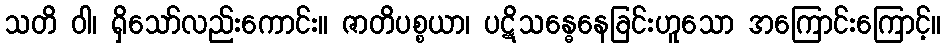
သတိ ဝါ၊ ရှိသော်လည်းကောင်း။ ဇာတိပစ္စယာ၊ ပဋိသန္ဓေနေခြင်းဟူသော အကြောင်းကြောင့်။